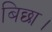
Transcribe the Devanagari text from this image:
बिछा।